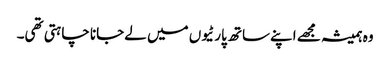
وہ ہمیشہ مجھے اپنےساتھ پارٹیوں میں لےجانا چاہتی تھی۔